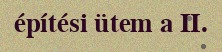
építési ütem a II.